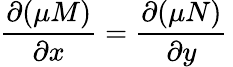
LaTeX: {\frac{\partial(\mu M)}{\partial x}}={\frac{\partial(\mu N)}{\partial y}}\,